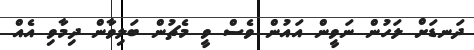
ދަނޑަށް ލަހުން ނަވީން އައުން ވެސް ވީ މެޗުން ބަލިވާން ދިމާވި އެއް